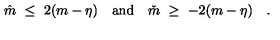
\hat { m } \ \leq \ 2 ( m - \eta ) \quad \mathrm { a n d } \quad \check { m } \ \geq \ - 2 ( m - \eta ) \quad .